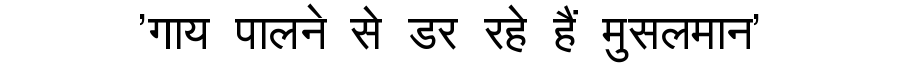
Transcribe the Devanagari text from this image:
'गाय पालने से डर रहे हैं मुसलमान'